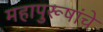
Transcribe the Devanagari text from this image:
महापुरूषांचे